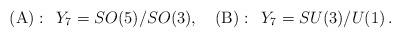
LaTeX: \begin{align*}({\rm A}):\, \,\, Y_7=SO(5)/SO(3),\quad ({\rm B}):\, \,\, Y_7=SU(3)/U(1)\, .\end{align*}